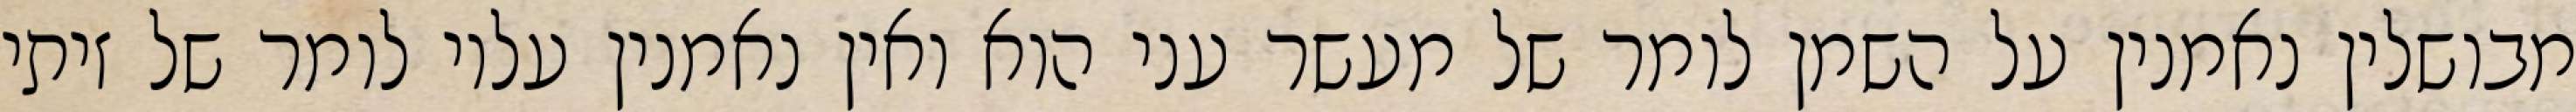
מבושלין נאמנין על השמן לומר של מעשר עני הוא ואין נאמנין עליו לומר של זיתי